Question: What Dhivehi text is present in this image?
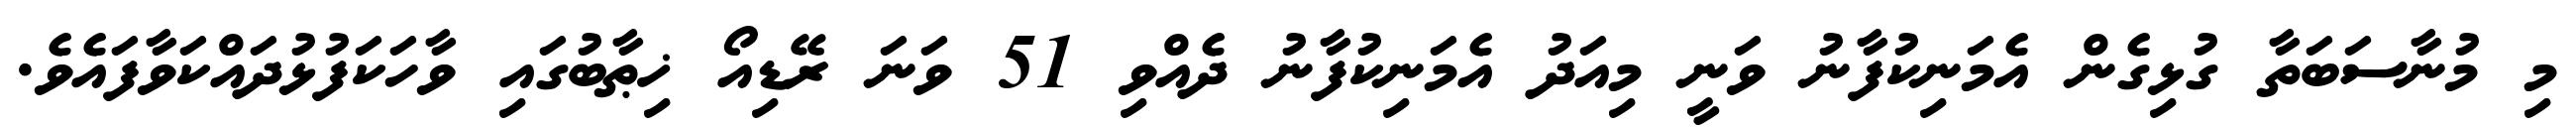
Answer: މި މުނާސަބަތާ ގުޅިގެން އެމަނިކުފާނު ވަނީ މިއަދު އެމަނިކުފާނު ދެއްވި 51 ވަނަ ރޭޑިއޯ ޚިޠާބުގައި ވާހަކަފުޅުދައްކަވާފައެވެ.